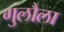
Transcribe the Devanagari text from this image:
गुलौला